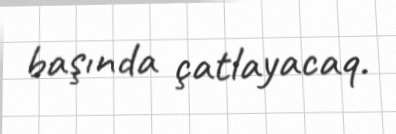
başında çatlayacaq.